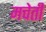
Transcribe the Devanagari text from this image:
मचेती